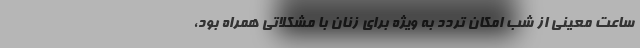
ساعت معینی از شب امکان تردد به ویژه برای زنان با مشکلاتی همراه بود،